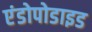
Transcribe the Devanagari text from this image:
एंडोपोडाइड